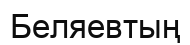
Беляевтың